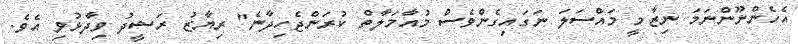
އެހެންނޫންނަމަ ނިޒާމީ މައްސަލަ ނަގައިގެންވެސް މުއާމަލާތް ކުރަންޖެހިދާނެ" ރިޔާޒު ރަޝީދު ވިދާޅުވި އެވެ.